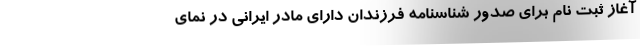
آغاز ثبت نام برای صدور شناسنامه فرزندان دارای مادر ایرانی در نمای